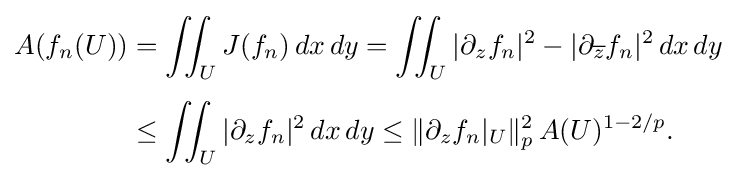
{\begin{aligned}A(f_{n}(U))&=\iint _{U}J(f_{n})\,dx\,dy=\iint _{U}|\partial _{z}f_{n}|^{2}-|\partial _{\overline {z}}f_{n}|^{2}\,dx\,dy\\[4pt]&\leq \iint _{U}|\partial _{z}f_{n}|^{2}\,dx\,dy\leq \|\partial _{z}f_{n}|_{U}\|_{p}^{2}\,A(U)^{1-2/p}.\end{aligned}}